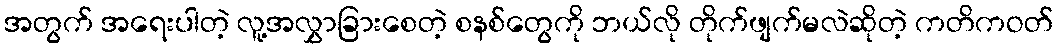
အတွက် အရေးပါတဲ့ လူ့အလွှာခြားစေတဲ့ စနစ်တွေကို ဘယ်လို တိုက်ဖျက်မလဲဆိုတဲ့ ကတိကဝတ်